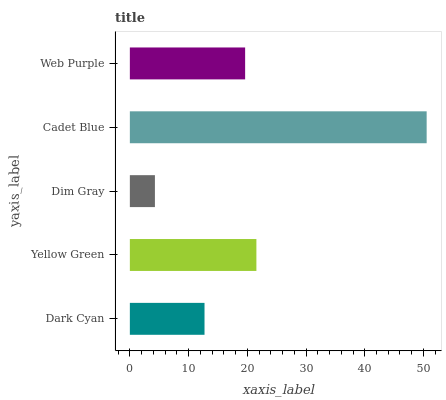
| yaxis_label | bars |
 | --- | --- |
 | Dark Cyan | 12.7 |
 | Yellow Green | 21.5 |
 | Dim Gray | 4.27 |
 | Cadet Blue | 50.5 |
 | Web Purple | 19.6 |